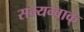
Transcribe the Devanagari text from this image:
सम्यग्वाक्